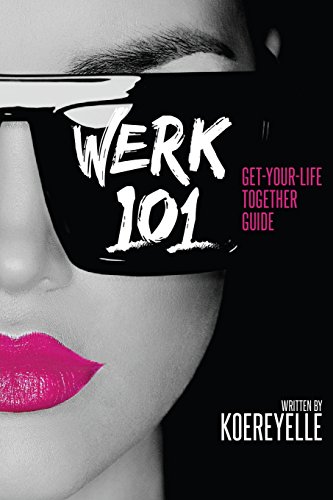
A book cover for WERK 101: Get-Your-Life-Together Guide; Koereyelle LaRissa DuBose; Self-Help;